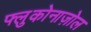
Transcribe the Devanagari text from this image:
फ्लुकोनाज़ोल